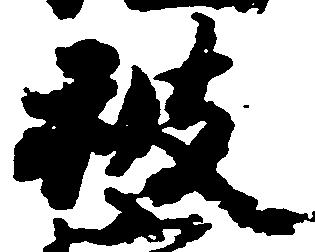
被